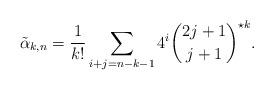
LaTeX: \begin{align*} \tilde\alpha_{k,n}=\frac1{k!}\sum_{i+j=n-k-1}{4^{i}\binom{2j+1}{j+1}}^{\star k}. \end{align*}